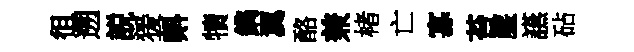
徂遡説猨㪺犢鐫翼酪兼楮亡寡苔麈讌砧